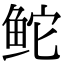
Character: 𬶍